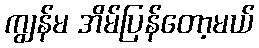
ကျွန်မ အိမ်ပြန်တော့မယ်